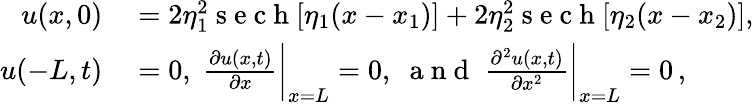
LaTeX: \begin{array}{rl}{u(x,0)}&{{}=2\eta_{1}^{2}\mathrm{~s~e~c~h~}[\eta_{1}(x-x_{1})]+2\eta_{2}^{2}\mathrm{~s~e~c~h~}[\eta_{2}(x-x_{2})],}\\ {u(-L,t)}&{{}=0,\; \frac{\partial u(x,t)}{\partial x}\bigg|_{x=L}=0,\; \mathrm{~a~n~d~}\; \frac{\partial^{2}u(x,t)}{\partial x^{2}}\bigg|_{x=L}=0\, ,}\end{array}